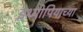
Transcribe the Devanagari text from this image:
इथ्योपियाच्या